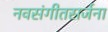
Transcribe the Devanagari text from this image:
नवसंगीतसर्जना